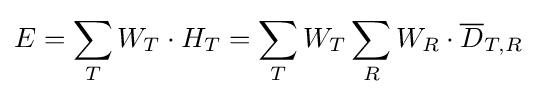
E=\sum _{T}W_{T}\cdot H_{T}=\sum _{T}W_{T}\sum _{R}W_{R}\cdot {\overline {D}}_{T,R}